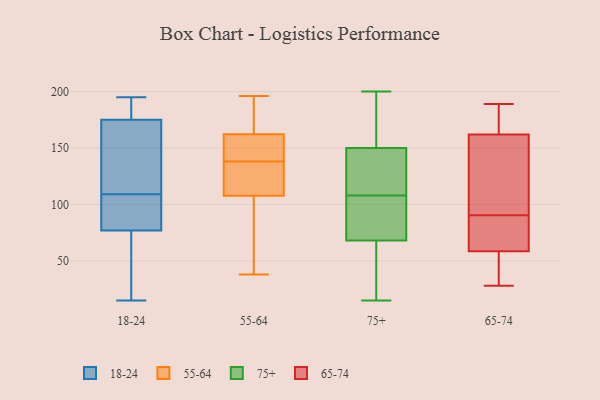
{"axis": {"x": "LTV (USD)", "y": "Value"}, "legend": ["18-24", "55-64", "65-74", "75+"], "data": [{"x": "", "y": 195, "type": "18-24"}, {"x": "", "y": 25, "type": "18-24"}, {"x": "", "y": 63, "type": "18-24"}, {"x": "", "y": 175, "type": "18-24"}, {"x": "", "y": 107, "type": "18-24"}, {"x": "", "y": 83, "type": "18-24"}, {"x": "", "y": 111, "type": "18-24"}, {"x": "", "y": 176, "type": "18-24"}, {"x": "", "y": 15, "type": "18-24"}, {"x": "", "y": 183, "type": "18-24"}, {"x": "", "y": 77, "type": "18-24"}, {"x": "", "y": 165, "type": "18-24"}, {"x": "", "y": 137, "type": "18-24"}, {"x": "", "y": 84, "type": "18-24"}, {"x": "", "y": 110, "type": "55-64"}, {"x": "", "y": 124, "type": "55-64"}, {"x": "", "y": 38, "type": "55-64"}, {"x": "", "y": 165, "type": "55-64"}, {"x": "", "y": 154, "type": "55-64"}, {"x": "", "y": 103, "type": "55-64"}, {"x": "", "y": 139, "type": "55-64"}, {"x": "", "y": 194, "type": "55-64"}, {"x": "", "y": 196, "type": "55-64"}, {"x": "", "y": 138, "type": "55-64"}, {"x": "", "y": 107, "type": "55-64"}, {"x": "", "y": 87, "type": "75+"}, {"x": "", "y": 131, "type": "75+"}, {"x": "", "y": 162, "type": "75+"}, {"x": "", "y": 108, "type": "75+"}, {"x": "", "y": 47, "type": "75+"}, {"x": "", "y": 15, "type": "75+"}, {"x": "", "y": 182, "type": "75+"}, {"x": "", "y": 53, "type": "75+"}, {"x": "", "y": 164, "type": "75+"}, {"x": "", "y": 146, "type": "75+"}, {"x": "", "y": 26, "type": "75+"}, {"x": "", "y": 142, "type": "75+"}, {"x": "", "y": 145, "type": "75+"}, {"x": "", "y": 78, "type": "75+"}, {"x": "", "y": 73, "type": "75+"}, {"x": "", "y": 76, "type": "75+"}, {"x": "", "y": 200, "type": "75+"}, {"x": "", "y": 51, "type": "65-74"}, {"x": "", "y": 59, "type": "65-74"}, {"x": "", "y": 162, "type": "65-74"}, {"x": "", "y": 61, "type": "65-74"}, {"x": "", "y": 152, "type": "65-74"}, {"x": "", "y": 58, "type": "65-74"}, {"x": "", "y": 162, "type": "65-74"}, {"x": "", "y": 168, "type": "65-74"}, {"x": "", "y": 77, "type": "65-74"}, {"x": "", "y": 28, "type": "65-74"}, {"x": "", "y": 104, "type": "65-74"}, {"x": "", "y": 189, "type": "65-74"}]}